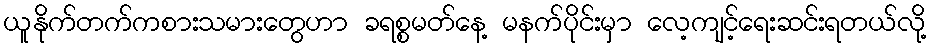
ယူနိုက်တက်ကစားသမားတွေဟာ ခရစ္စမတ်နေ့ မနက်ပိုင်းမှာ လေ့ကျင့်ရေးဆင်းရတယ်လို့